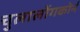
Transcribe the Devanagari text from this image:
चुलालोंगकोर्न